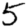
Digit: 5